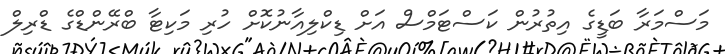
މަސްމަރާ ބަޑީގެ އިތުރުން ކަސްޓަމްސް އަށް ޑިކްލިއާނުކޮށް ހުރި މަކިޓާ ބްރޭންޑްގެ ޑްރިލް